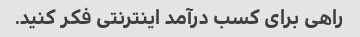
راهی برای کسب درآمد اینترنتی فکر کنید.